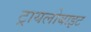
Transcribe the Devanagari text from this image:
ट्रायलोबाइट